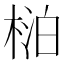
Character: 𬃍